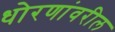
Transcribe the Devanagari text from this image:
धोरणांवरील